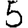
Digit: 5